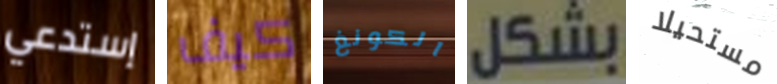
إستدعي كيف الكونغ بشكل مستحيلا